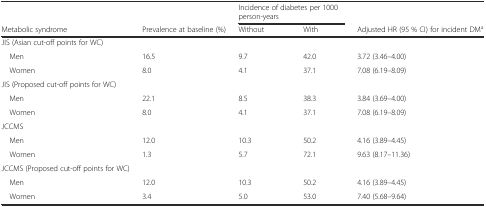
|  |  | <COLSPAN=2> Incidence of diabetes per 1000 person-years |  |
 | Metabolic syndrome | Prevalence at baseline (%) | Without | With | Adjusted HR (95 % CI) for incident DMa |
 | --- | --- | --- | --- | --- |
 | JIS (Asian cut-off points for WC) |  |  |  |  |
 | Men | 16.5 | 9.7 | 42.0 | 3.72 (3.46–4.00) |
 | Women | 8.0 | 4.1 | 37.1 | 7.08 (6.19–8.09) |
 | JIS (Proposed cut-off points for WC) |  |  |  |  |
 | Men | 22.1 | 8.5 | 38.3 | 3.84 (3.69–4.00) |
 | Women | 8.0 | 4.1 | 37.1 | 7.08 (6.19–8.09) |
 | JCCMS |  |  |  |  |
 | Men | 12.0 | 10.3 | 50.2 | 4.16 (3.89–4.45) |
 | Women | 1.3 | 5.7 | 72.1 | 9.63 (8.17–11.36) |
 | JCCMS (Proposed cut-off points for WC) |  |  |  |  |
 | Men | 12.0 | 10.3 | 50.2 | 4.16 (3.89–4.45) |
 | Women | 3.4 | 5.0 | 53.0 | 7.40 (5.68–9.64) |